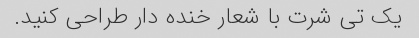
یک تی شرت با شعار خنده دار طراحی کنید.